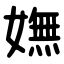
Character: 嫵